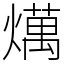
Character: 燤